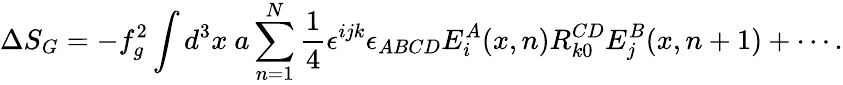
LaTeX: \Delta S_{G}=-f_{g}^{2}\int d^{3}x~a\sum_{n=1}^{N}\frac{1}{4}\epsilon^{ijk}\epsilon_{ABCD}E_{i}^{A}(x,n)R_{k0}^{CD}E_{j}^{B}(x,n+1)+\cdots.